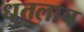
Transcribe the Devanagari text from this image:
धुतलाच